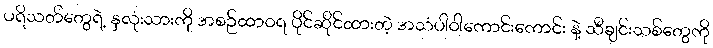
ပရိသတ်တွေရဲ့ နှလုံးသားကို အစဉ်ထာဝရ ပိုင်ဆိုင်ထားတဲ့ အသံပါဝါကောင်းကောင်း နဲ့ သီချင်းသစ်တွေကို